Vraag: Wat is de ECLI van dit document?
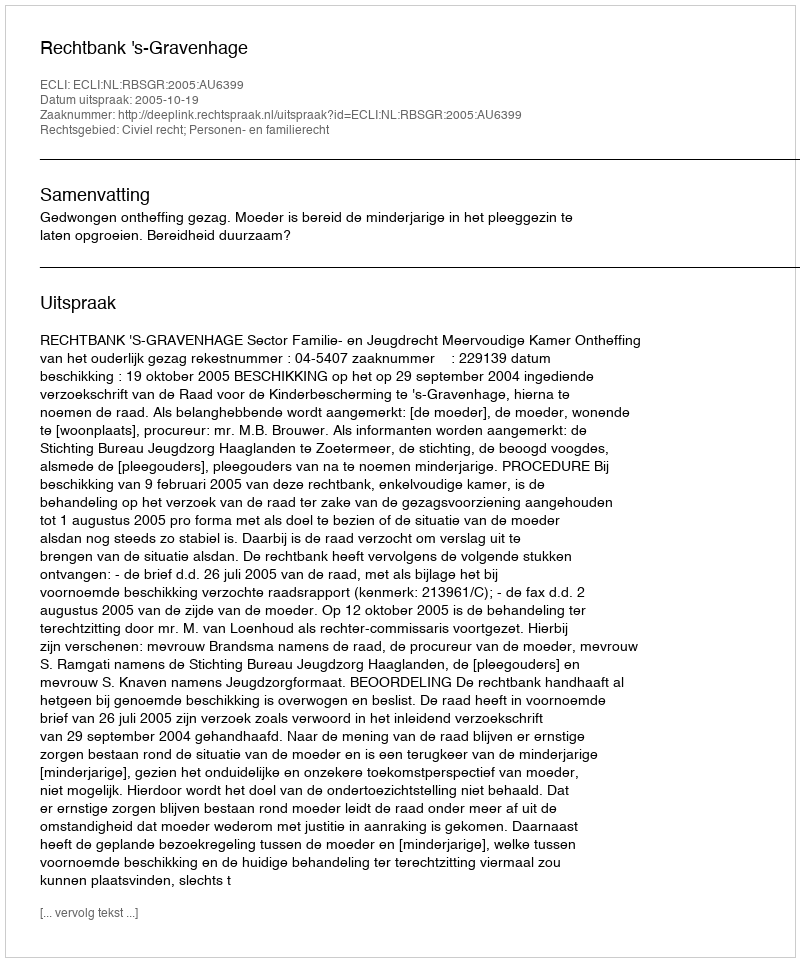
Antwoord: ECLI:NL:RBSGR:2005:AU6399